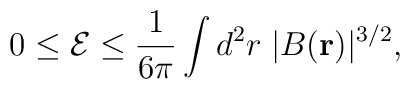
0 \leq \mathcal{E} \leq \frac{1}{6\pi} \int d^2r \; |B(\mathbf{r})|^{3/2},